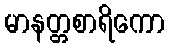
မာနတ္တစာရိကော